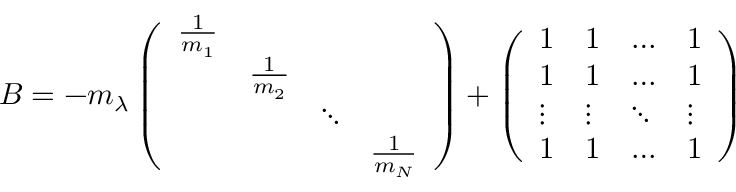
\begin{array} { r } { B = - m _ { \lambda } \left( \begin{array} { l l l l } { \frac { 1 } { m _ { 1 } } } & & & \\ & { \frac { 1 } { m _ { 2 } } } & & \\ & & { \ddots } & \\ & & & { \frac { 1 } { m _ { N } } } \end{array} \right) + \left( \begin{array} { l l l l } { 1 } & { 1 } & { \ldots } & { 1 } \\ { 1 } & { 1 } & { \ldots } & { 1 } \\ { \vdots } & { \vdots } & { \ddots } & { \vdots } \\ { 1 } & { 1 } & { \ldots } & { 1 } \end{array} \right) } \end{array}